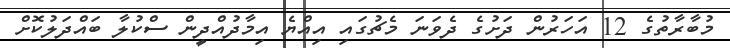
މުބާރާތުގެ 12 އަހަރުން ދަށުގެ ދެވަނަ މެޗުގައި އިއްޔެ އިމާދުއްދީން ސްކުލާ ބައްދަލުކޮށް